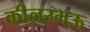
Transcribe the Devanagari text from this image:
कीलरमऊ